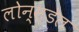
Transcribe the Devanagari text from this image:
लोन्स्डेल